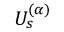
U _ { s } ^ { ( \alpha ) }